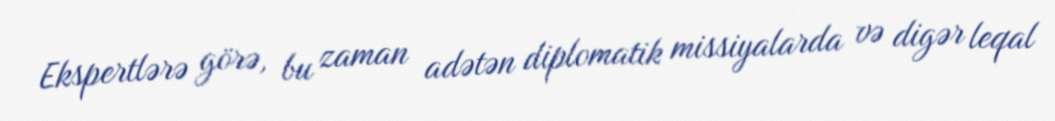
Ekspertlərə görə, bu zaman adətən diplomatik missiyalarda və digər leqal